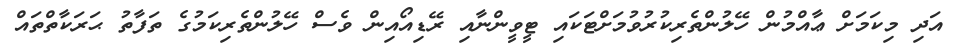
އަދި މިކަމަށް ޢާއްމުން ހޭލުންތެރިކުރުވުމަށްޓަކައި ޓީވީންނާއި ރޭޑިއޯއިން ވެސް ހޭލުންތެރިކަމުގެ ތަފާތު ޙަރަކާތްތައް